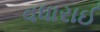
વધારાઈ